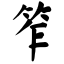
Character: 笮